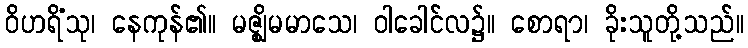
ဝိဟရိံသု၊ နေကုန်၏။ မဇ္ဈိမမာသေ၊ ဝါခေါင်လ၌။ စောရာ၊ ခိုးသူတို့သည်။